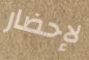
لإحضار